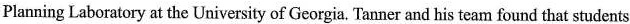
Planning Laboratory at the Uaiversity of Georgia. Tamer and his tearm found that students